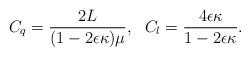
LaTeX: \begin{align*}C_q = \frac{2L}{(1-2\epsilon\kappa)\mu}, ~~C_l = \frac{4\epsilon\kappa}{1-2\epsilon\kappa}.\end{align*}